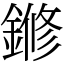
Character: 鎀